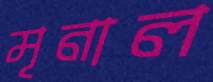
মৃনাল